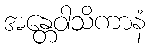
အန္တေဝါသိကာနံ